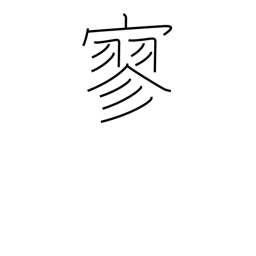
Meaning: lonely